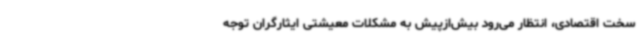
سخت اقتصادی، انتظار می‌رود بیش‌ازپیش به مشکلات معیشتی ایثارگران توجه